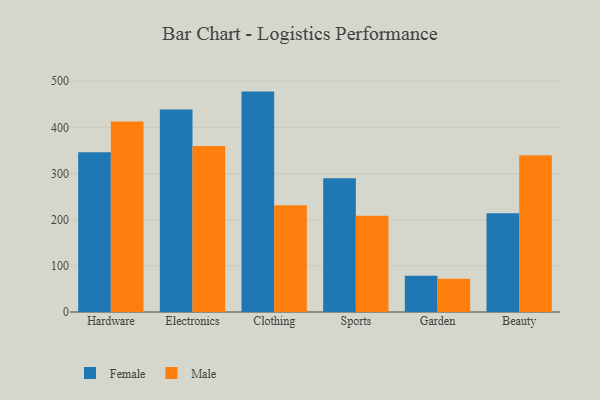
{"axis": {"x": "Category", "y": "Operating Costs (USD K)"}, "legend": ["Female", "Male"], "data": [{"x": "Hardware", "y": 346.1, "type": "Female"}, {"x": "Hardware", "y": 412.7, "type": "Male"}, {"x": "Electronics", "y": 438.5, "type": "Female"}, {"x": "Electronics", "y": 359.6, "type": "Male"}, {"x": "Clothing", "y": 477.4, "type": "Female"}, {"x": "Clothing", "y": 231.1, "type": "Male"}, {"x": "Sports", "y": 289.5, "type": "Female"}, {"x": "Sports", "y": 208.6, "type": "Male"}, {"x": "Garden", "y": 78.5, "type": "Female"}, {"x": "Garden", "y": 72.0, "type": "Male"}, {"x": "Beauty", "y": 213.9, "type": "Female"}, {"x": "Beauty", "y": 339.3, "type": "Male"}]}